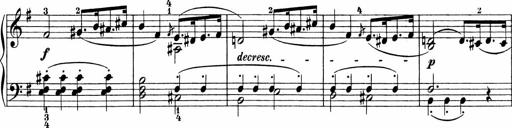
Title: 3 Sonatinas
Composer: Carl Reinecke